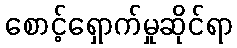
စောင့်ရှောက်မှုဆိုင်ရာ